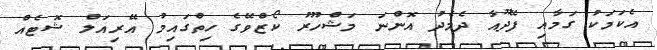
އެކަމަކު ގަމާއި ފޭދޫއާ ދެމެދު އޮންނަ މަޝްހޫރު ކޯޒްވޭގެ ހިތްގައިމު އޭރިއަލް ޝޮޓެއް